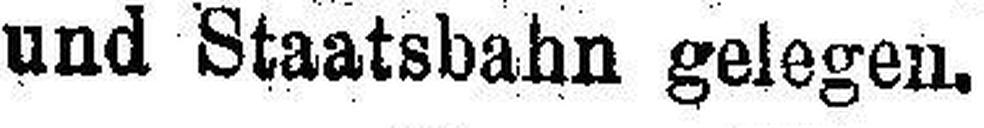
und Staatsbahn gelegen.